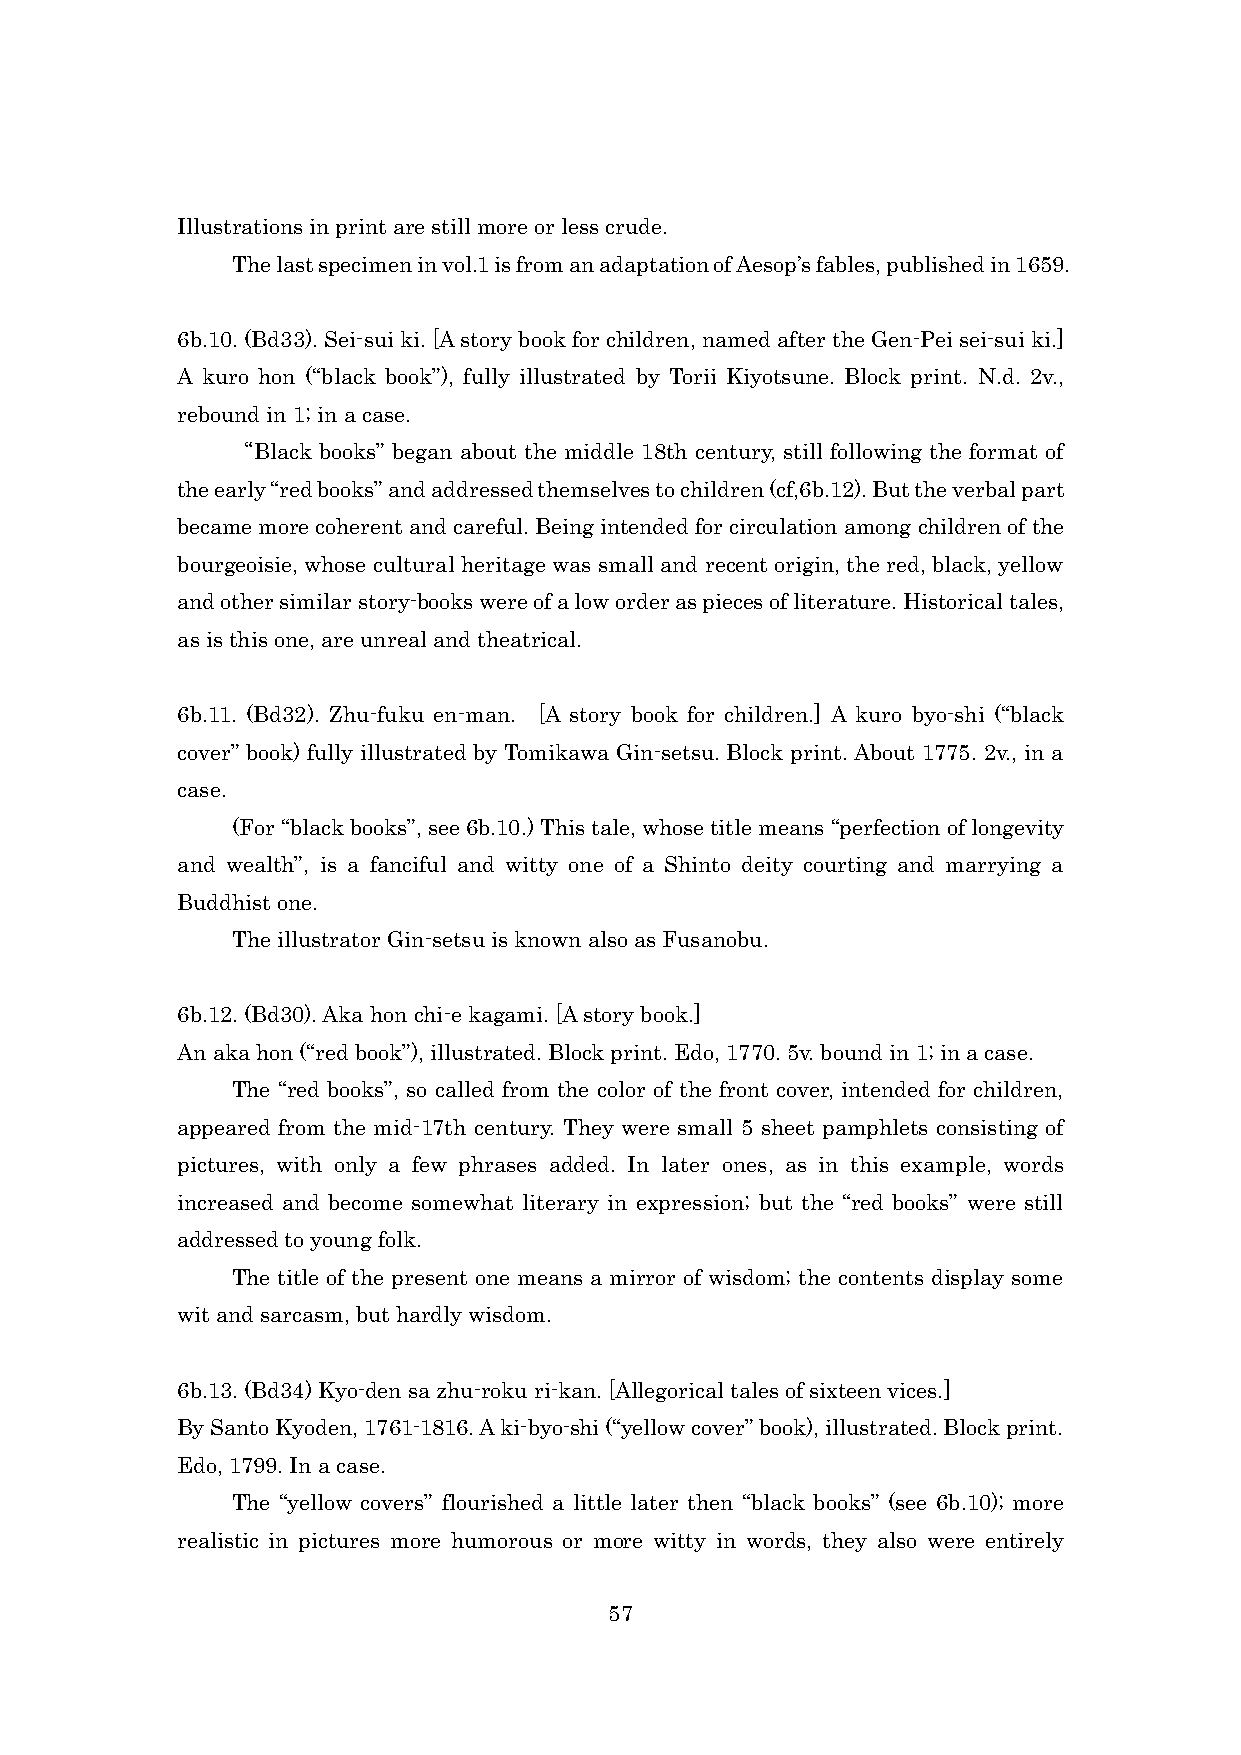
Illustrations in print are still more or less crude.
 The last specimen in vol.1 is from an adaptation of Aesop’s fables, published in 1659.
 6b.10. (Bd33). Sei-sui ki. [A story book for children, named after the Gen-Pei sei-sui ki.]
 A kuro hon (“black book”), fully illustrated by Torii Kiyotsune. Block print. N.d. 2v.,
 rebound in 1; in a case.
 “Black books” began about the middle 18th century, still following the format of
 the early “red books” and addressed themselves to children (cf,6b.12). But the verbal part
 became more coherent and careful. Being intended for circulation among children of the
 bourgeoisie, whose cultural heritage was small and recent origin, the red, black, yellow
 and other similar story-books were of a low order as pieces of literature. Historical tales,
 as is this one, are unreal and theatrical.
 6b.11. (Bd32). Zhu-fuku en-man. [A story book for children.] A kuro byo-shi (“black
 cover” book) fully illustrated by Tomikawa Gin-setsu. Block print. About 1775. 2v., in a
 case.
 (For “black books”, see 6b.10.) This tale, whose title means “perfection of longevity
 and wealth”, is a fanciful and witty one of a Shinto deity courting and marrying a
 Buddhist one.
 The illustrator Gin-setsu is known also as Fusanobu.
 6b.12. (Bd30). Aka hon chi-e kagami. [A story book.]
 An aka hon (“red book”), illustrated. Block print. Edo, 1770. 5v. bound in 1; in a case.
 The “red books”, so called from the color of the front cover, intended for children,
 appeared from the mid-17th century. They were small 5 sheet pamphlets consisting of
 pictures, with only a few phrases added. In later ones, as in this example, words
 increased and become somewhat literary in expression; but the “red books” were still
 addressed to young folk.
 The title of the present one means a mirror of wisdom; the contents display some
 wit and sarcasm, but hardly wisdom.
 6b.13. (Bd34) Kyo-den sa zhu-roku ri-kan. [Allegorical tales of sixteen vices.]
 By Santo Kyoden, 1761-1816. A ki-byo-shi (“yellow cover” book), illustrated. Block print.
 Edo, 1799. In a case.
 The “yellow covers” flourished a little later then “black books” (see 6b.10); more
 realistic in pictures more humorous or more witty in words, they also were entirely
 57